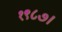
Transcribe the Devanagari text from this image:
१९८७।